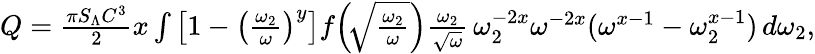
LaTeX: \begin{array}{r}{Q=\frac{\pi S_{\Lambda}C^{3}}{2}x\int\left[1-\left(\frac{\omega_{2}}{\omega}\right)^{y}\right]f\! \left(\! \sqrt{\frac{\omega_{2}}{\omega}}\right)\frac{\omega_{2}}{\sqrt{\omega}}\, \omega_{2}^{-2x}\omega^{-2x}(\omega^{x-1}-\omega_{2}^{x-1})\, d\omega_{2},}\end{array}